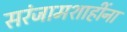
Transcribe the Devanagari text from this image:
सरंजामशाहींना